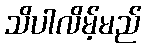
သိပါလိမ့်မည်